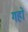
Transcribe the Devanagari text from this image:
गहों